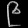
Digit: ၉